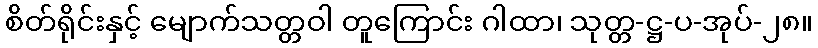
စိတ်ရိုင်းနှင့် မျောက်သတ္တဝါ တူကြောင်း ဂါထာ၊ သုတ္တ-ဋ္ဌ-ပ-အုပ်-၂၈။